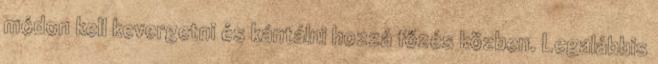
módon kell kevergetni és kántálni hozzá főzés közben. Legalábbis